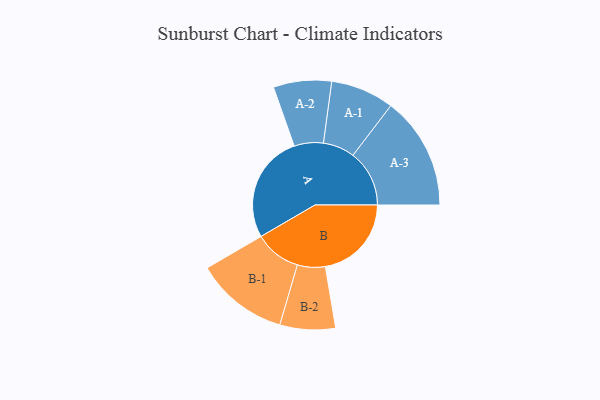
{"axis": {"x": "Segment", "y": "Value"}, "legend": ["", "A", "B"], "data": [{"x": "A", "y": 490, "type": ""}, {"x": "B", "y": 391, "type": ""}, {"x": "A-1", "y": 144, "type": "A"}, {"x": "A-2", "y": 132, "type": "A"}, {"x": "A-3", "y": 256, "type": "A"}, {"x": "B-1", "y": 211, "type": "B"}, {"x": "B-2", "y": 126, "type": "B"}]}